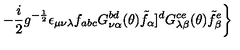
\left. - \frac { i } { 2 } g ^ { - \frac { 1 } { 2 } } \epsilon _ { \mu \nu \lambda } f _ { a b c } G _ { \nu \alpha } ^ { b d } ( \theta ) { \tilde { f } } _ { \alpha } ] ^ { d } G _ { \lambda \beta } ^ { c e } ( \theta ) { \tilde { f } } _ { \beta } ^ { e } \right\}